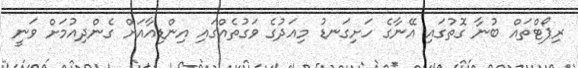
ރިޕޯޓްތައް ބުނާ ގޮތުގައި އޭނާގެ ހަށިގަނޑު މިއަދުގެ ވަގުތެއްގައި އިންޑިއާއަށް ގެންދިއުމަށް ވަނީ